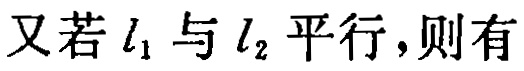
又若\(l_1\)与\(l_2\)平行，则有